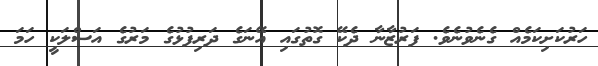
ހަރުކަށިކަމެއް ގެނެވުނެވެ. ފަރުޒާނާ ދެކޭ ގޮތުގައި އޭނަގެ ދަރިފުޅުގެ މަރުގެ އަސްލަކީ ހަމަ